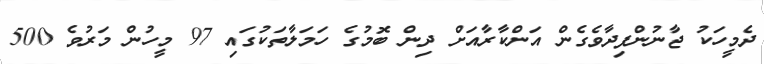
ދެމީހަކު ޖާނުންފިދާވެގެން އަންކާރާއަށް ދިން ބޮމުގެ ހަމަލާތަކުގައި 97 މީހުން މަރުވެ 500